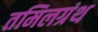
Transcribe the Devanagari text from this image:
तमिलग्रंथ